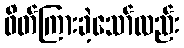
ဖိတ်ကြားခဲ့သော်လည်း